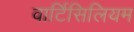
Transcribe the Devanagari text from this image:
वार्टिसिलियम